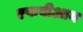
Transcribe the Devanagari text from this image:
एफबीआय